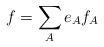
LaTeX: \begin{align*}\ f=\sum_{A}e_{A}f_{A} \end{align*}